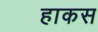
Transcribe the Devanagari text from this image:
हाकस